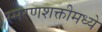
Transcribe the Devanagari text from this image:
स्मरणशक्तीमध्ये